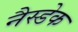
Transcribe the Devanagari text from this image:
नैस्डेक